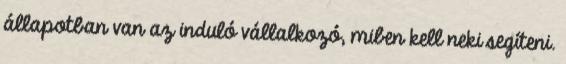
állapotban van az induló vállalkozó, miben kell neki segíteni.